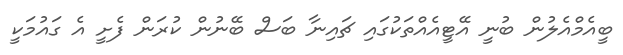
ބީއެމްއެލުން ބުނީ އޭޓީއެއްތަކުގައި ޗައިނާ ބަސް ބޭނުން ކުރަން ފެށީ އެ ގައުމަކީ